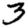
Digit: 3